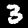
Digit: 3